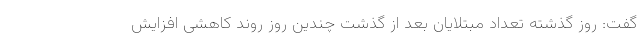
گفت: روز گذشته تعداد مبتلایان بعد از گذشت چندین روز روند کاهشی افزایش